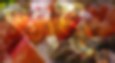
ভানু